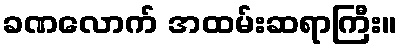
ခဏလောက် အထမ်းဆရာကြီး။